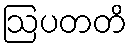
ဩပတတိ